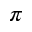
\pi